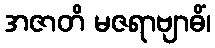
အဇာတိ မဇရာဗျာဓိံ၊